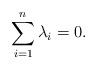
\begin{align*}\sum^{n}_{i=1} \lambda_{i} = 0. \end{align*}